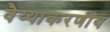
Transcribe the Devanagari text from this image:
वैय्याकरणीय